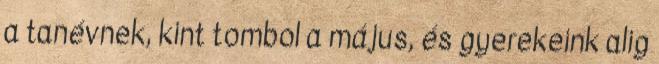
a tanévnek, kint tombol a május, és gyerekeink alig